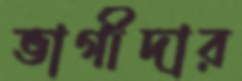
ভাগীদার